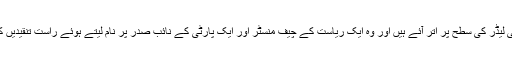
اترپردیش میں نریندر مودی ایک ریاستی لیڈر کی سطح پر اتر آئے ہیں اور وہ ایک ریاست کے چیف منسٹر اور ایک پارٹی کے نائب صدر پر نام لیتے ہوئے راست تنقیدیں کرنے سے بھی گریز نہیں کر رہے ہیں۔